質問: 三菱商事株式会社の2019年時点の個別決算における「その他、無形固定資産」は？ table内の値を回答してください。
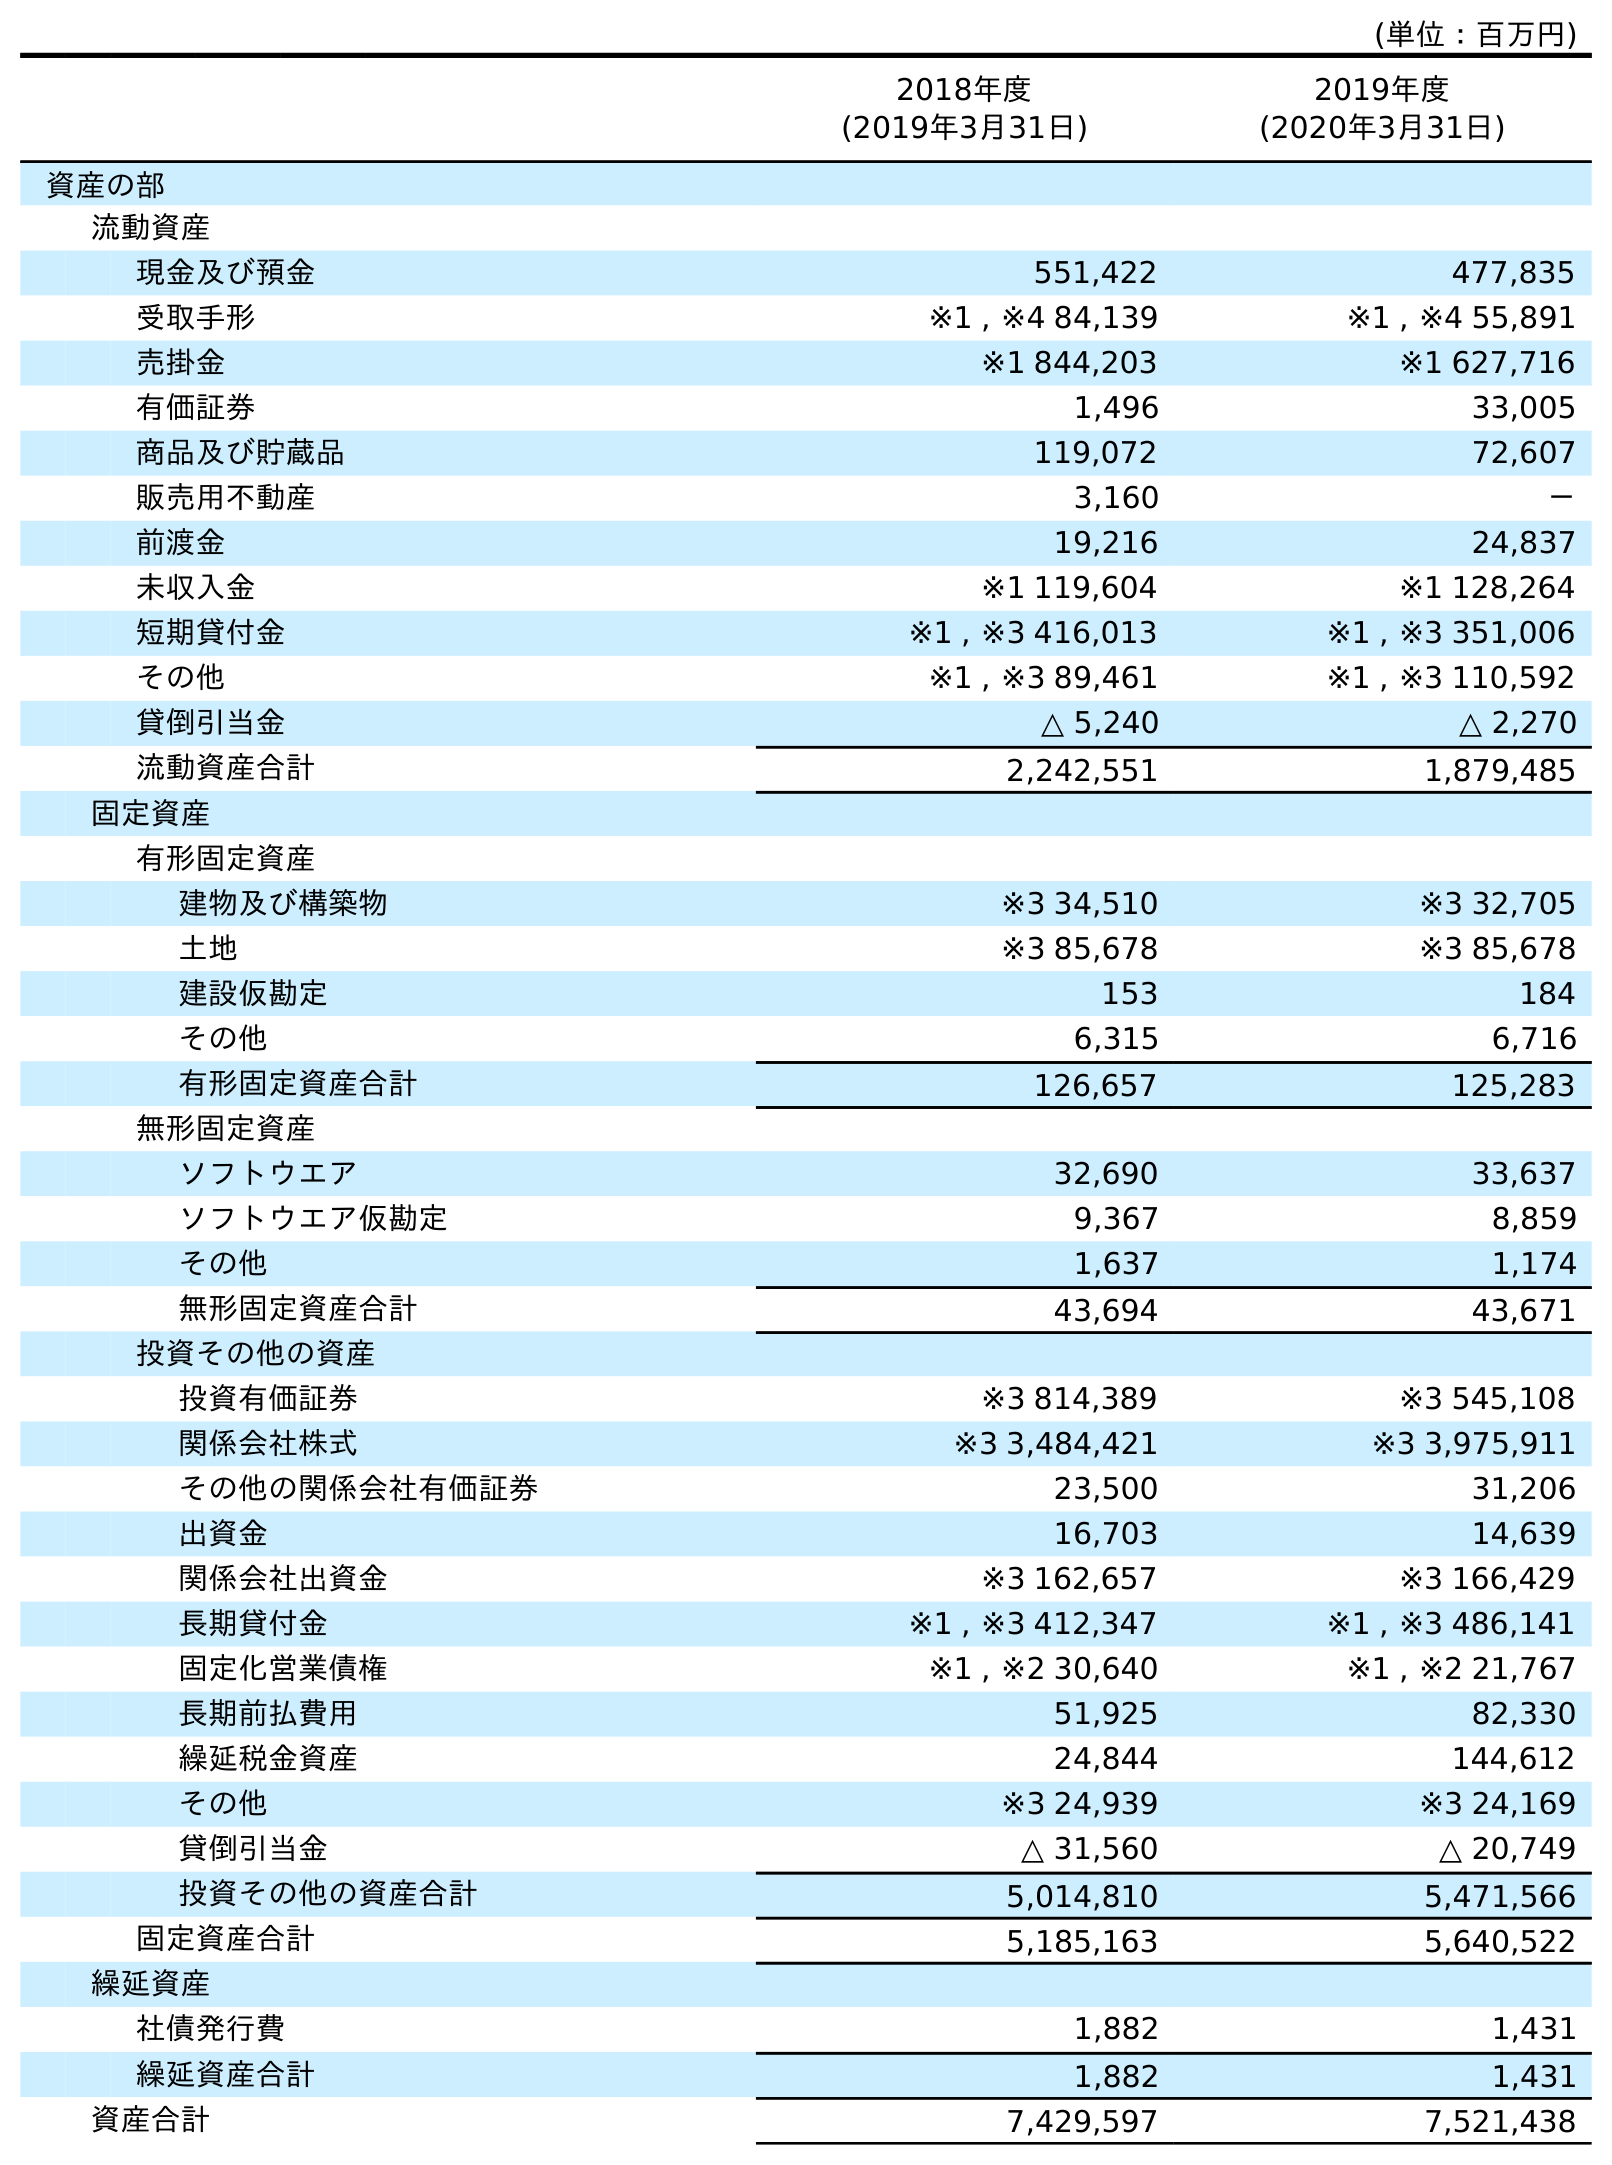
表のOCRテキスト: (単位：百万円) 2018年度 (2019年3月31日) 2019年度 (2020年3月31日) 資産の部 流動資産 現金及び預金 551,422 477,835 受取手形 ※1 , ※4 84,139 ※1 , ※4 55,891 売掛金 ※1 844,203 ※1 627,716 有価証券 1,496 33,005 商品及び貯蔵品 119,072 72,607 販売用不動産 3,160 － 前渡金 19,216 24,837 未収入金 ※1 119,604 ※1 128,264 短期貸付金 ※1 , ※3 416,013 ※1 , ※3 351,006 その他 ※1 , ※3 89,461 ※1 , ※3 110,592 貸倒引当金 △ 5,240 △ 2,270 流動資産合計 2,242,551 1,879,485 固定資産 有形固定資産 建物及び構築物 ※3 34,510 ※3 32,705 土地 ※3 85,678 ※3 85,678 建設仮勘定 153 184 その他 6,315 6,716 有形固定資産合計 126,657 125,283 無形固定資産 ソフトウエア 32,690 33,637 ソフトウエア仮勘定 9,367 8,859 その他 1,637 1,174 無形固定資産合計 43,694 43,671 投資その他の資産 投資有価証券 ※3 814,389 ※3 545,108 関係会社株式 ※3 3,484,421 ※3 3,975,911 その他の関係会社有価証券 23,500 31,206 出資金 16,703 14,639 関係会社出資金 ※3 162,657 ※3 166,429 長期貸付金 ※1 , ※3 412,347 ※1 , ※3 486,141 固定化営業債権 ※1 , ※2 30,640 ※1 , ※2 21,767 長期前払費用 51,925 82,330 繰延税金資産 24,844 144,612 その他 ※3 24,939 ※3 24,169 貸倒引当金 △ 31,560 △ 20,749 投資その他の資産合計 5,014,810 5,471,566 固定資産合計 5,185,163 5,640,522 繰延資産 社債発行費 1,882 1,431 繰延資産合計 1,882 1,431 資産合計 7,429,597 7,521,438
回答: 1,637